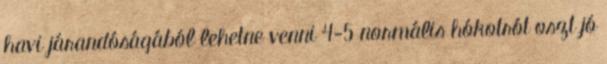
havi járandóságából lehetne venni 4-5 normális hókotrót oszt jó